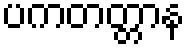
ပကတတ္တာန